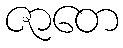
ဇာတေ